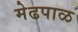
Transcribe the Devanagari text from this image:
मेढपाळ